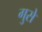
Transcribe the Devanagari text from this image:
गुसे